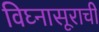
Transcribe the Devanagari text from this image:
विघ्‍नासूराची